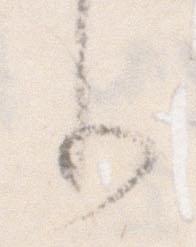
り